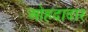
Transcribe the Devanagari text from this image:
ओहदादार